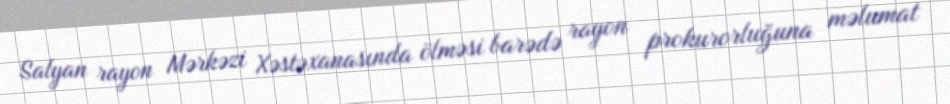
Salyan rayon Mərkəzi Xəstəxanasında ölməsi barədə rayon prokurorluğuna məlumat